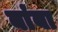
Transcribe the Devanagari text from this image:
बांबा